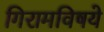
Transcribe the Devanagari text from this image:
गिरामविषये